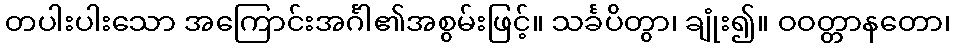
တပါးပါးသော အကြောင်းအင်္ဂါ၏အစွမ်းဖြင့်။ သင်္ခပိတွာ၊ ချုံး၍။ ဝဝတ္တာနတော၊